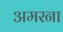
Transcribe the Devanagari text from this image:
अमरना